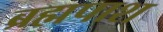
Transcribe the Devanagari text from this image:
ब्रह्मपाश